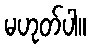
မဟုတ်ပါ။